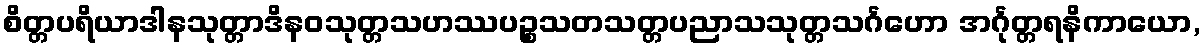
စိတ္တပရိယာဒါနသုတ္တာဒိနဝသုတ္တသဟဿပဉ္စသတသတ္တပညာသသုတ္တသင်္ဂဟော အင်္ဂုတ္တရနိကာယော,